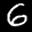
Label: 6